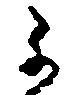
不